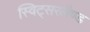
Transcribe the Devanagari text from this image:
स्विट्सरलैण्ड